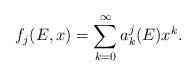
LaTeX: \begin{align*}f_j(E,x) &= \sum_{k = 0}^\infty a_k^j(E)x^k.\end{align*}